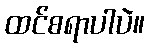
ထင်စရာပါပဲ။